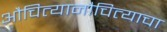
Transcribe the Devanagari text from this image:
औचित्यानौचित्याचा